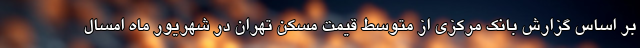
بر اساس گزارش بانک مرکزی از متوسط قیمت مسکن تهران در شهریور ماه امسال